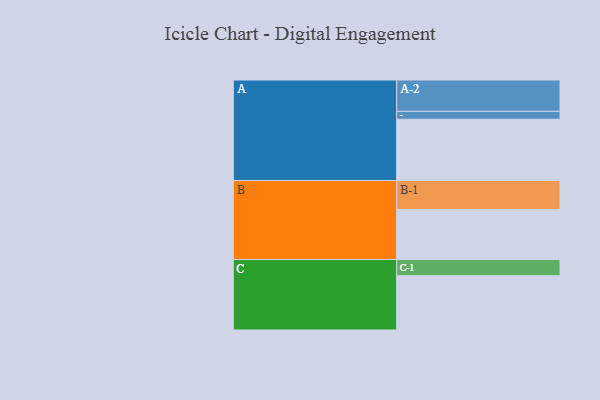
{"axis": {"x": "Segment", "y": "Value"}, "legend": ["", "A", "B", "C"], "data": [{"x": "A", "y": 571, "type": ""}, {"x": "B", "y": 466, "type": ""}, {"x": "C", "y": 506, "type": ""}, {"x": "A-1", "y": 74, "type": "A"}, {"x": "A-2", "y": 292, "type": "A"}, {"x": "B-1", "y": 270, "type": "B"}, {"x": "C-1", "y": 151, "type": "C"}]}